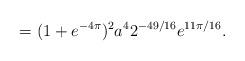
LaTeX: \begin{align*}=(1+e^{-4\pi})^2 a^4 2^{-49/16} e^{11\pi/16}.\end{align*}